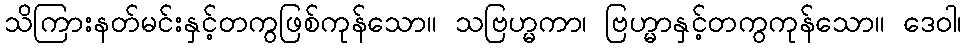
သိကြားနတ်မင်းနှင့်တကွဖြစ်ကုန်သော။ သဗြဟ္မကာ၊ ဗြဟ္မာနှင့်တကွကုန်သော။ ဒေဝါ၊